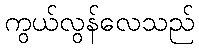
ကွယ်လွန်လေသည်